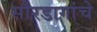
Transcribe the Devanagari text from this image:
सौरडागांचे